Report on enteric fever
Disease focus: Fever
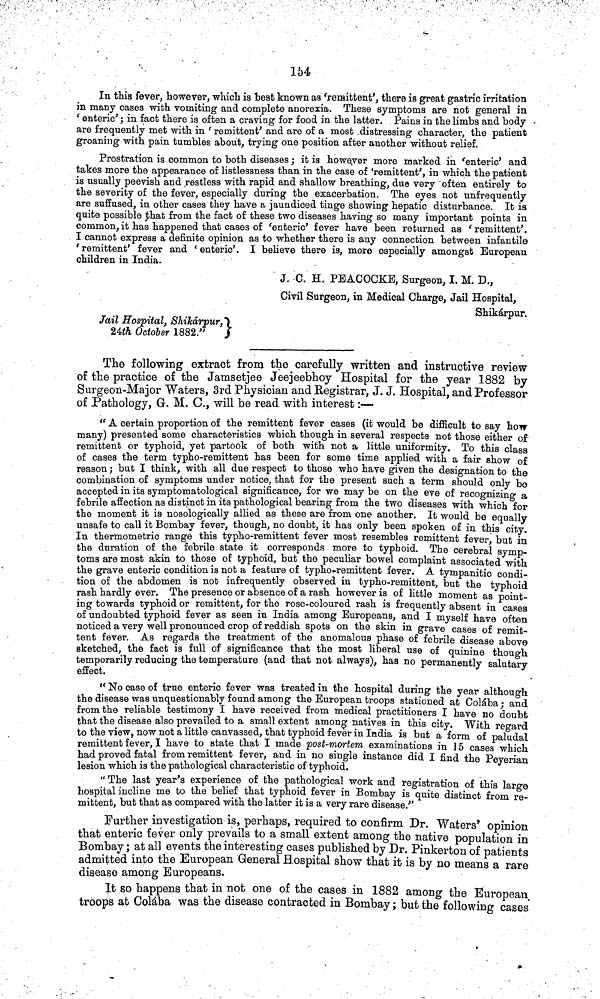
154
In this fever, however, which is best known as 'remittent', there is great gastric irritation
in many cases with vomiting and complete anorexia. These symptoms are not general in
' enteric'; in fact there is often a craving for food in the latter. Pains in the limbs and body
are frequently met with in 'remittent' and are of a most distressing character, the patient
groaning with pain tumbles about, trying one position after another without relief.
Prostration is common to both diseases ; it is however more marked in 'enteric' and
takes more the appearance of hstlessness than in the case of 'remittent', in which the patient
is usually peevish and restless with rapid and shallow breathing, due very often entirely to
the severity of the fever, especially during the exacerbation. The eyes not unfrequently
are suffused, in other cases they have a jaundiced tinge showing hepatic disturbance. It is
quite possible that from the fact of these two diseases having so many important points in
common, it has happened that cases of 'enteric' fever have been returned as 'remittent'.
I cannot express a definite opinion as to whether there is any connection between infantile
'remittent' fever and 'enteric'. I believe there is, more especially amongst European
children in India.
J. C. H. PEACOCKE, Surgeon, I. M. D.,
Civil Surgeon, in Medical Charge, Jail Hospital,
Shikárpur.
Jail Hospital, Shikárpur,
24th October
1882."
The following extract from the carefully written and instructive review
of the practice of the Jamsetjee Jeejeebhoy Hospital for the year 1882 by
Surgeon-Major Waters, 3rd Physician and Registrar, J. J. Hospital, and Professor
of Pathology, G. M. C., will be read with interest :—
" A certain proportion of the remittent fever cases (it would be difficult to say how
many) presented some characteristics which though in several respects not those either of
remittent or typhoid, yet partook of both with not a little uniformity. To this class
of cases the term typho-remittent has been for some time applied with a fair show of
reason; but I think, with all due respect to those who have given the designation to the
combination of symptoms under notice, that for the present such a term should only be
accepted in its symptomatological significance, for we may be on the eve of recognizing a
febrile affection as distinct in its pathological bearing from the two diseases with which for
the moment it is nosologically allied as these are from one another. It would be equally
unsafe to call it Bombay fever, though, no doubt, it has only been spoken of in this city.
In thermometric range this typho-remittent fever most resembles remittent fever, but in
the duration of the febrile state it corresponds more to typhoid. The cerebral symp-
toms are most akin to those of typhoid, but the peculiar bowel complaint associated with
the grave enteric condition is not a feature of typho-remittent fever. A tympanitic condi-
tion of the abdomen is not infrequently observed in typho-remittent, but the typhoid
rash hardly ever. The presence or absence of a rash however is of little moment as point-
ing towards typhoid or remittent, for the rose-coloured rash is frequently absent in cases
of undoubted typhoid fever as seen in India among Europeans, and I myself have often
noticed a very well pronounced crop of reddish spots on the skin in grave cases of remit-
tent fever. As regards the treatment of the anomalous phase of febrile disease above
sketched, the fact is full of significance that the most liberal use of quinine though
temporarily reducing the temperature (and that not always), has no permanently salutary
effect.
"No case of true enteric fever was treated in the hospital during the year although
the disease was unquestionably found among the European troops stationed at Colába; and
from the reliable testimony I have received from medical practitioners I have no doubt
that the disease also prevailed to a small extent among natives in this city. With regard
to the view, now not a little canvassed, that typhoid fever in India is but a form of paludal
remittent fever, I have to state that I made post-mortem examinations in 15 cases which
had proved fatal from remittent fever, and in no single instance did I find the Peyerian
lesion which is the pathological characteristic of typhoid.
"The last year's experience of the pathological work and registration of this large
hospital incline me to the belief that typhoid fever in Bombay is quite distinct from re-
mittent, but that as compared with the latter it is a very rare disease."
Further investigation is, perhaps, required to confirm Dr. Waters' opinion
that enteric fever only prevails to a small extent among the native population in
Bombay ; at all events the interesting cases published by Dr. Pinkerton of patients
admitted into the European General Hospital show that it is by no means a rare
disease among Europeans.
It so happens that in not one of the cases in 1882 among the European
troops at Colába was the disease contracted in Bombay; but the following cases